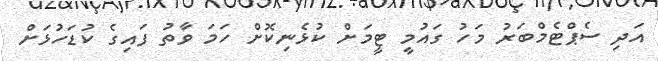
އަދި ސެޕްޓެމްބަރު މަހު ގައުމީ ޓީމަށް ކުޅެނިކޮށް ހަމަ ވާތު ފައިގެ ކުޑަހުޅަށް